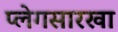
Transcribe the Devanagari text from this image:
प्लेगसारखा